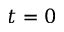
t = 0